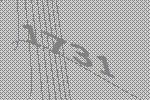
1731